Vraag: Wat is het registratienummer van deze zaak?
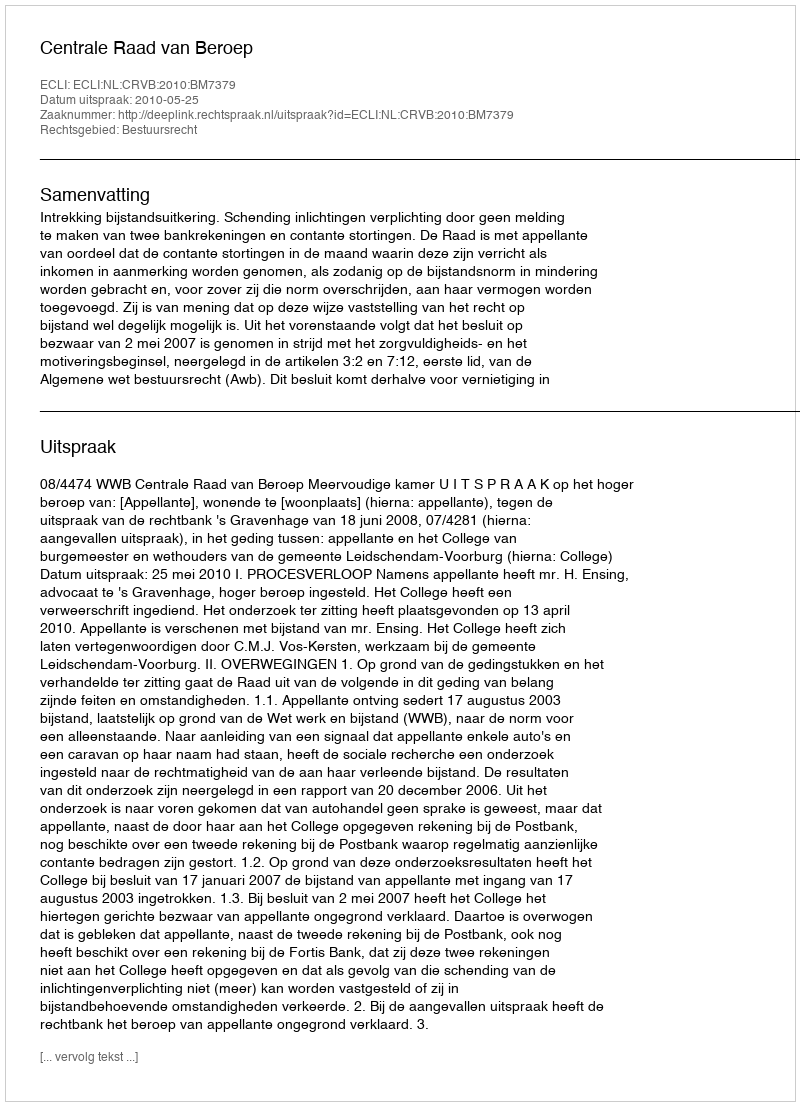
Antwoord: http://deeplink.rechtspraak.nl/uitspraak?id=ECLI:NL:CRVB:2010:BM7379